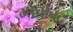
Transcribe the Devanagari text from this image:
मोर्चाबंद